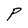
Character: P